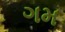
ગમ